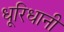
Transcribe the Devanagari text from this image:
धूरिधानी